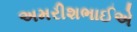
અમરીશભાઈએ